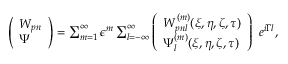
\begin{array} { r } { \left( \begin{array} { l } { W _ { p n } } \\ { \Psi } \end{array} \right) = \sum _ { m = 1 } ^ { \infty } \epsilon ^ { m } \sum _ { l = - \infty } ^ { \infty } \left( \begin{array} { l } { W _ { p n l } ^ { ( m ) } ( \xi , \eta , \zeta , \tau ) } \\ { \Psi _ { l } ^ { ( m ) } ( \xi , \eta , \zeta , \tau ) } \end{array} \right) ~ e ^ { i \Gamma l } , } \end{array}